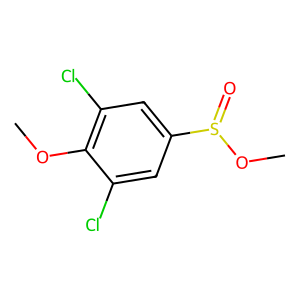
SMILES: COc1c(Cl)cc(S(=O)OC)cc1Cl
Inhibits HIV replication: No